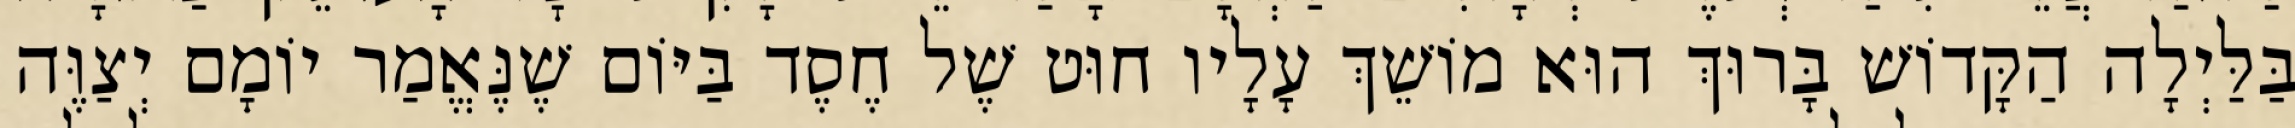
בַּלַּיְלָה הַקָּדוֹשׁ בָּרוּךְ הוּא מוֹשֵׁךְ עָלָיו חוּט שֶׁל חֶסֶד בַּיּוֹם שֶׁנֶּאֱמַר יוֹמָם יְצַוֶּה